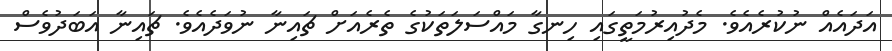
އަދައެއް ނުކުރެއެވެ. މެދުއިރުމަތީގައި ހިނގާ މައްސަލަތަކުގެ ތެރެއަށް ޗައިނާ ނުވަދެއެވެ. ޗައިނާ އަބަދުވެސް